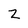
Character: Z